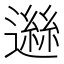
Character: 𨖾